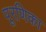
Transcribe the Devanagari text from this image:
पूरणिका